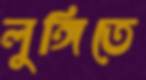
লুঙ্গিতে